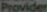
Provider